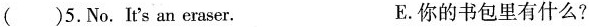
()5.No.It's an eraser。 E.你的书包里有什么?